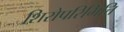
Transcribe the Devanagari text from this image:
शिरोपरिभित्ति